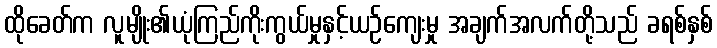
ထိုခေတ်က လူမျိုး၏ယုံကြည်ကိုးကွယ်မှုနှင့်ယဉ်ကျေးမှု အချက်အလက်တို့သည် ခရစ်နှစ်